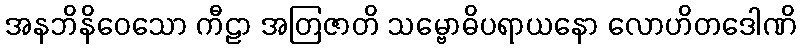
အနဘိနိဝေသော ကီဠာ အတြဇာတိ သမ္ဗောဓိပရာယနော လောဟိတဒေါဏိ